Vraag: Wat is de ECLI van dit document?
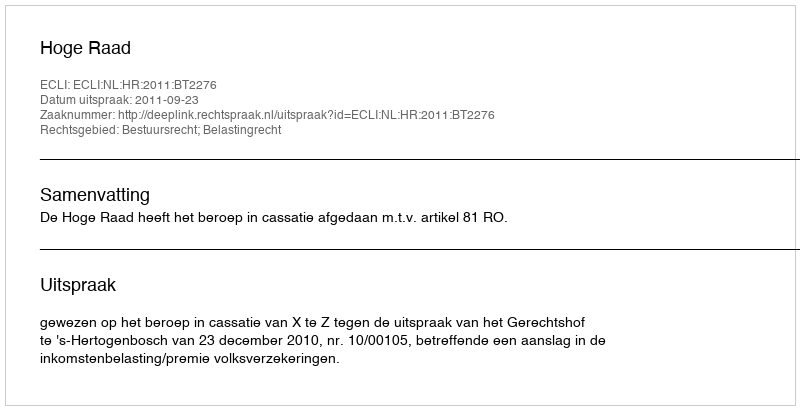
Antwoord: ECLI:NL:HR:2011:BT2276